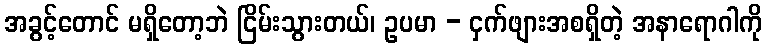
အခွင့်တောင် မရှိတော့ဘဲ ငြိမ်းသွားတယ်၊ ဥပမာ - ငှက်ဖျားအစရှိတဲ့ အနာရောဂါကို